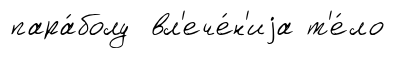
пара́болу вл'ече́н'иjа т'е́ло